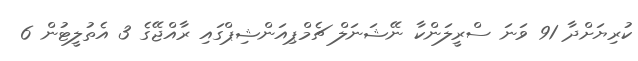
ކުރިޔަށްދާ 91 ވަނަ ސްރީލަންކާ ނޭޝަނަލް ޗެމްޕިއަންޝިޕްގައި ރާއްޖޭގެ 3 އެތުލީޓުން 6